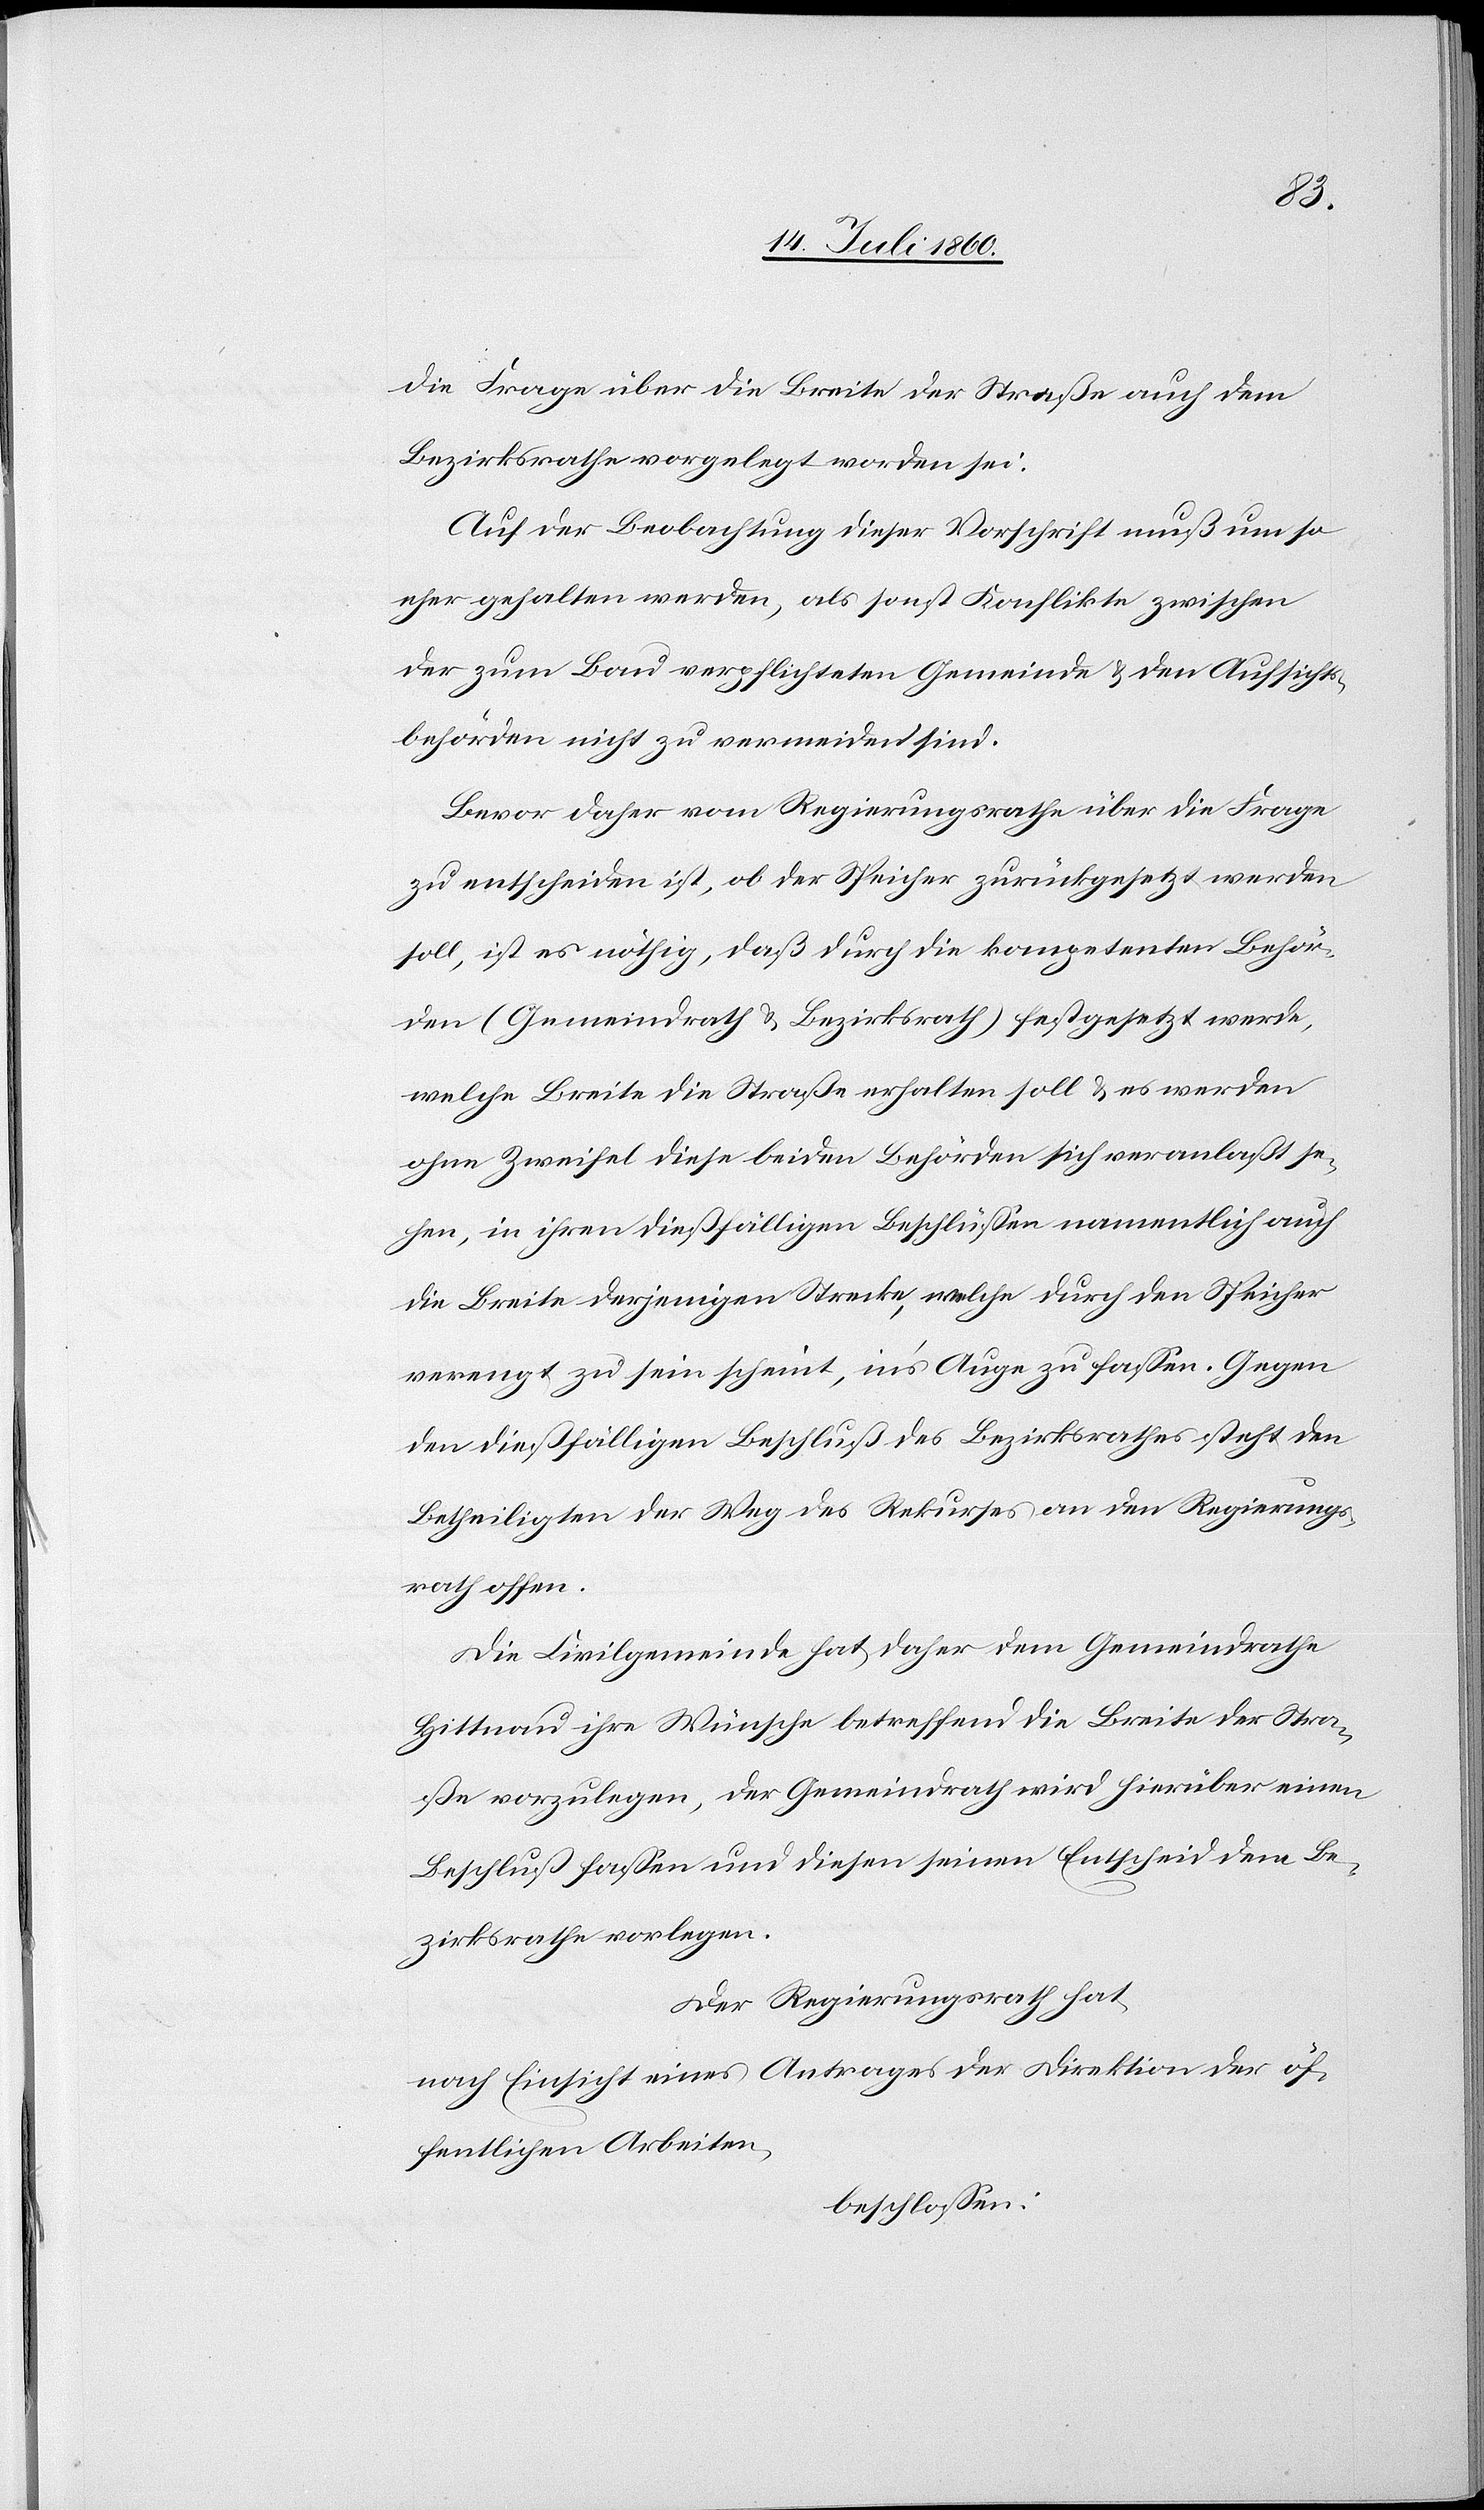
die Frage über die Breite der Straße auch dem
Bezirksrathe vorgelegt worden sei.
Auf der Beobachtung dieser Vorschrift muß um so
eher gehalten werden, als sonst Konflikte zwischen
der zum Bau verpflichteten Gemeinde & den Aufsichts¬
behörden nicht zu vermeiden sind.
Bevor daher vom Regierungsrathe über die Frage
zu entscheiden ist, ob der Speicher zurückgesetzt werden
soll, ist es nöthig, daß durch die kompetenten Behör¬
den (Gemeindrath & Bezirksrath) festgesetzt werde,
welche Breite die Straße erhalten soll & es werden
ohne Zweifel diese beiden Behörden sich veranlaßt se¬
hen, in ihren dießfälligen Beschlüssen namentlich auch
die Breite derjenigen Strecke, welche durch den Speicher
verengt zu sein scheint, ins Auge zu fassen. Gegen
den dießfälligen Beschluß des Bezirksrathes steht den
Betheiligten der Weg des Rekurses an den Regierungs¬
rath offen.
Die Civilgemeinde hat daher dem Gemeindrathe
Hittnau ihre Wünsche betreffend die Breite der Stra¬
ße vorzulegen, der Gemeindrath wird hierüber einen
Beschluß fassen und diesen seinen Entscheid dem Be¬
zirksrathe vorlegen.
Der Regierungsrath hat,
nach Einsicht eines Antrages der Direktion der öf¬
fentlichen Arbeiten,
beschlossen: